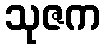
သုဇက